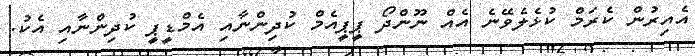
އެއިރުން ކެރަމް ކުޅެލެވޭނެ އެއް ނޫންދޯ ޕީޕީއެމް ކުދިންނާއި އެމްޑީޕީ ކުދިންނާއި އެކު.